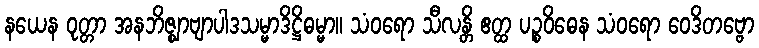
နယေန ဝုတ္တာ အနဘိဇ္ဈာဗျာပါဒသမ္မာဒိဋ္ဌိဓမ္မာ။ သံဝရော သီလန္တိ ဧတ္ထ ပဉ္စဝိဓေန သံဝရော ဝေဒိတဗ္ဗော